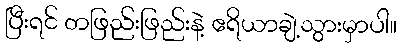
ပြီးရင် တဖြည်းဖြည်းနဲ့ ဧရိယာချဲ့သွားမှာပါ။